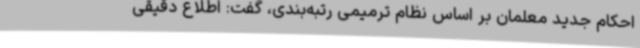
احکام جدید معلمان بر اساس نظام ترمیمی رتبه‌بندی، گفت: اطلاع دقیقی